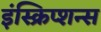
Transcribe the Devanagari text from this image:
इंस्क्रिप्शन्स